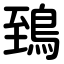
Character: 鵄